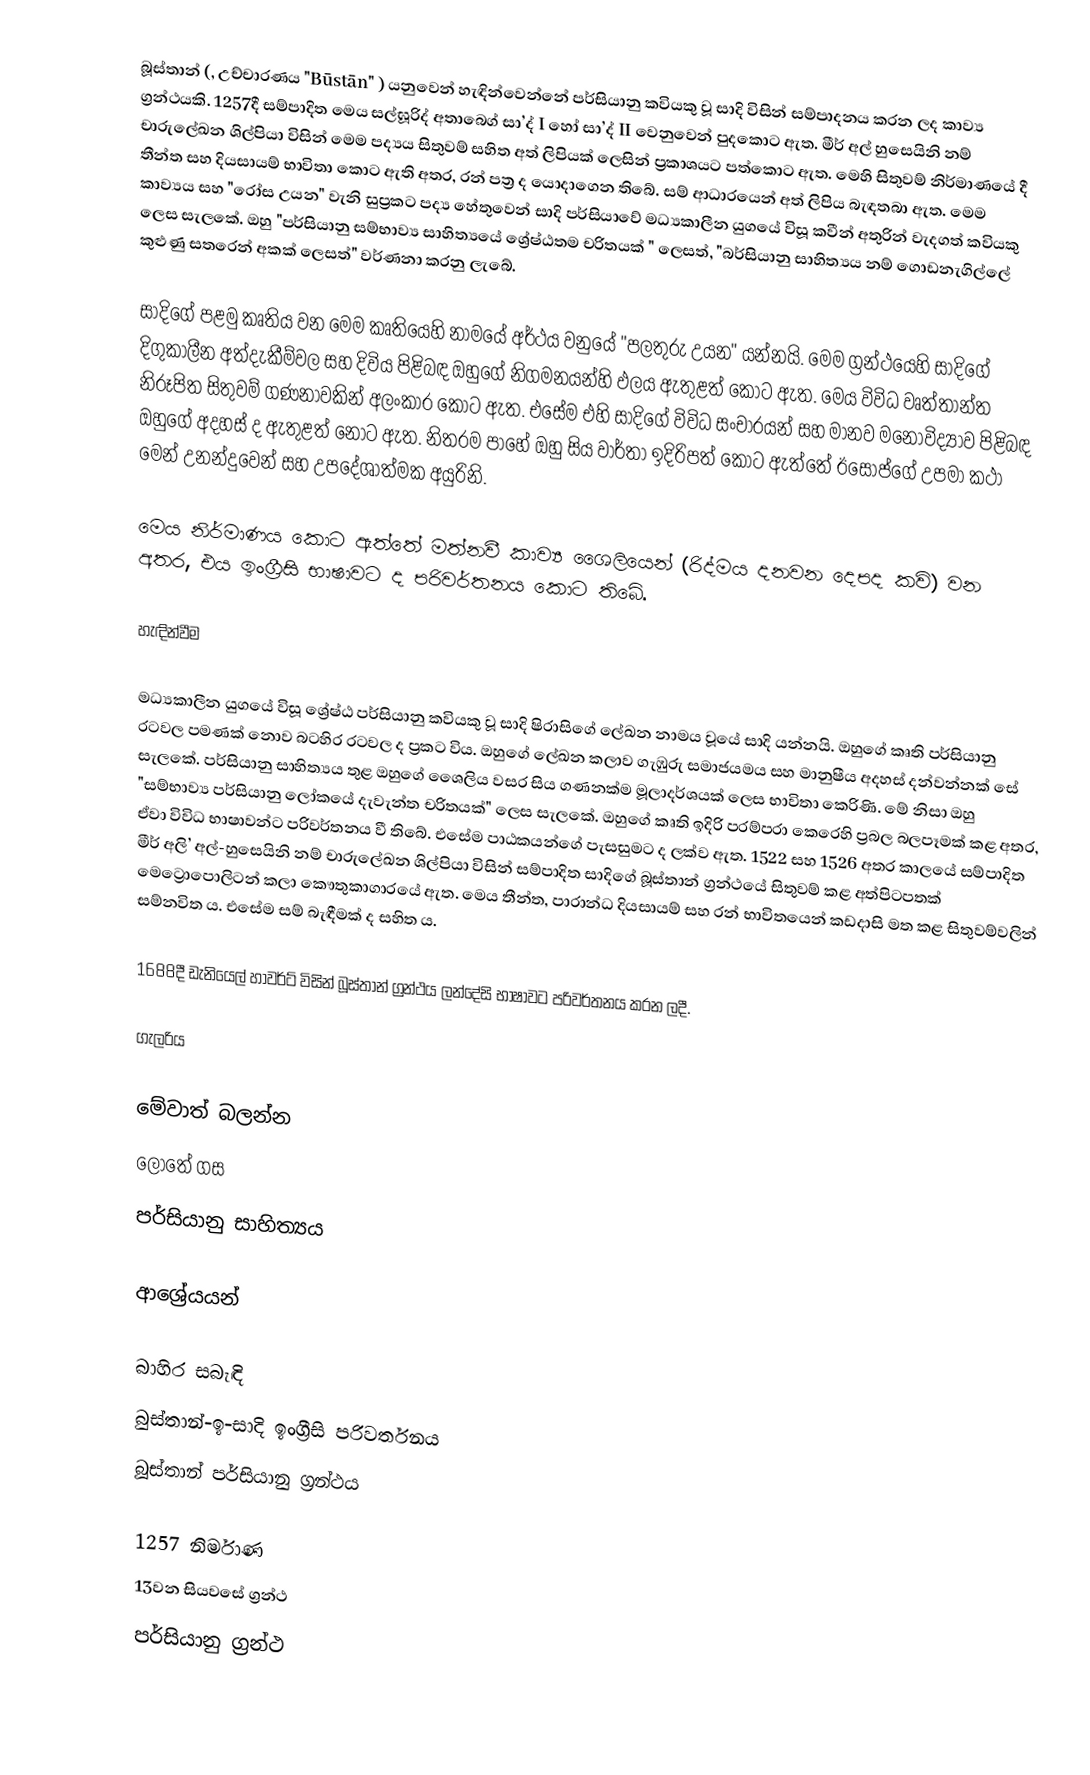
බූස්තාන් (, උච්චාරණය "Būstān" ) යනුවෙන් හැඳින්වෙන්නේ පර්සියානු කවියකු වූ සාදි විසින් සම්පාදනය කරන ලද කාව්‍ය ග්‍රන්ථයකි. 1257දී සම්පාදිත මෙය සල්ඝූරිද් අතාබෙග් සා’ද් I හෝ සා’ද් II වෙනුවෙන් පුදකොට ඇත. මීර් අල් හුසෙයිනි නම් චාරුලේඛන ශිල්පියා විසින් මෙම පද්‍යය සිතුවම් සහිත අත් ලිපියක් ලෙසින් ප්‍රකාශයට පත්කොට ඇත.  මෙහි සිතුවම් නිර්මාණයේ දී තීන්ත සහ දියසායම් භාවිතා කොට ඇති අතර, රන් පත්‍ර ද යොදාගෙන තිබේ. සම් ආධාරයෙන් අත් ලිපිය බැඳතබා ඇත.  මෙම කාව්‍යය සහ "රෝස උයන" වැනි සුප්‍රකට පද්‍ය හේතුවෙන් සාදි පර්සියාවේ මධ්‍යකාලීන යුගයේ විසූ කවීන් අතුරින් වැදගත් කවියකු ලෙස සැලකේ. ඔහු "පර්සියානු සම්භාව්‍ය සාහිත්‍යයේ ශ්‍රේෂ්ඨතම චරිතයක් " ලෙසත්, "බර්සියානු සාහිත්‍යය නම් ගොඩනැගිල්ලේ කුළුණු සතරෙන් අකක් ලෙසත්" වර්ණනා කරනු ලැබේ.

සාදිගේ පළමු කෘතිය වන මෙම කෘතියෙහි නාමයේ අර්ථය වනුයේ "පලතුරු උයන" යන්නයි. මෙම ග්‍රන්ථයෙහි සාදිගේ දිගුකාලීන අත්දැකීම්වල සහ දිවිය පිළිබඳ ඔහුගේ නිගමනයන්හි ඵලය ඇතුළත් කොට ඇත. මෙය විවිධ වෘත්තාන්ත නිරූපිත සිතුවම් ගණනාවකින් අලංකාර කොට ඇත. එසේම එහි සාදිගේ විවිධ සංචාරයන් සහ මානව මනෝවිද්‍යාව පිළිබඳ ඔහුගේ අදහස් ද ඇතුළත් නොට ඇත. නිතරම පාහේ ඔහු සිය වාර්තා ඉදිරිපත් කොට ඇත්තේ ඊසෝප්ගේ උපමා කථා මෙන් උනන්දුවෙන් සහ උපදේශාත්මක අයුරිනි.

මෙය නිර්මාණය කොට ඇත්තේ මත්නවී කාව්‍ය ශෛලියෙන් (රිද්මය දනවන දෙපද කවි) වන අතර, එය ඉංග්‍රීසි භාෂාවට ද පරිවර්තනය කොට තිබේ.

හැඳින්වීම

මධ්‍යකාලීන යුගයේ විසූ ශ්‍රේෂ්ඨ පර්සියානු කවියකු වූ සාදි ෂිරාසිගේ ලේඛන නාමය වූයේ සාදි යන්නයි. ඔහුගේ කෘති පර්සියානු රටවල පමණක් නොව බටහිර රටවල ද ප්‍රකට විය. ඔහුගේ ලේඛන කලාව ගැඹුරු සමාජයමය සහ මානුෂීය අදහස් දන්වන්නක් සේ සැලකේ. පර්සියානු සාහිත්‍යය තුළ ඔහුගේ ශෛලිය වසර සිය ගණනක්ම මූලාදර්ශයක් ලෙස භාවිතා කෙරිණි. මේ නිසා ඔහු "සම්භාව්‍ය පර්සියානු ලෝකයේ දැවැන්ත චරිතයක්" ලෙස සැලකේ. ඔහුගේ කෘති ඉදිරි පරම්පරා කෙරෙහි ප්‍රබල බලපෑමක් කළ අතර, ඒවා විවිධ භාෂාවන්ට පරිවර්තනය වී තිබේ. එසේම පාඨකයන්ගේ පැසසුමට ද ලක්ව ඇත.  1522 සහ 1526 අතර කාලයේ සම්පාදිත මීර් අලි’ අල්-හුසෙයිනි නම් චාරුලේඛන ශිල්පියා විසින් සම්පාදිත සාදිගේ බූස්තාන් ග්‍රන්ථයේ සිතුවම් කළ අත්පිටපතක් මෙට්‍රොපොලිටන් කලා කෞතුකාගාරයේ ඇත. මෙය තීන්ත, පාරාන්ධ දියසායම් සහ රන් භාවිතයෙන් කඩදාසි මත කළ සිතුවම්වලින් සම්නවිත ය. එසේම සම් බැඳීමක් ද සහිත ය.

1688දී ඩැනියෙල් හාවර්ට් විසින් බූස්තාන් ග්‍රන්ථය ලන්දේසි භාෂාවට පරිවර්තනය කරන ලදී.

ගැලරිය

මේවාත් බලන්න
ලොතේ ගස
පර්සියානු සාහිත්‍යය

ආශ්‍රේයයන්

බාහිර සබැඳි
බුස්තාන්-ඉ-සාදි ඉංග්‍රීසි පරිවර්තනය
බූස්තාන් පර්සියානු ග්‍රන්ථය

1257 නිර්මාණ
13වන සියවසේ ග්‍රන්ථ
පර්සියානු ග්‍රන්ථ